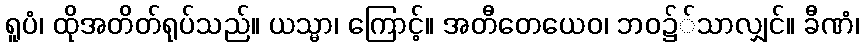
ရူပံ၊ ထိုအတိတ်ရုပ်သည်။ ယသ္မာ၊ ကြောင့်။ အတီတေယေဝ၊ ဘဝ၌်သာလျှင်။ ခီဏံ၊